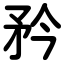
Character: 矜